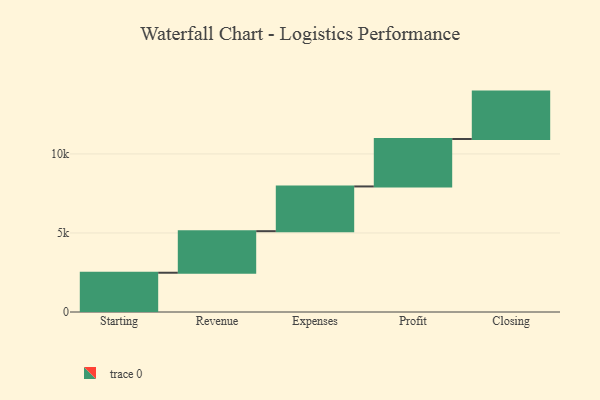
{"axis": {"x": "Step", "y": "Value"}, "legend": [""], "data": [{"x": "Starting", "y": 2484.0, "type": ""}, {"x": "Revenue", "y": 2629.0, "type": ""}, {"x": "Expenses", "y": 2831.0, "type": ""}, {"x": "Profit", "y": 3000, "type": ""}, {"x": "Closing", "y": 3000, "type": ""}]}